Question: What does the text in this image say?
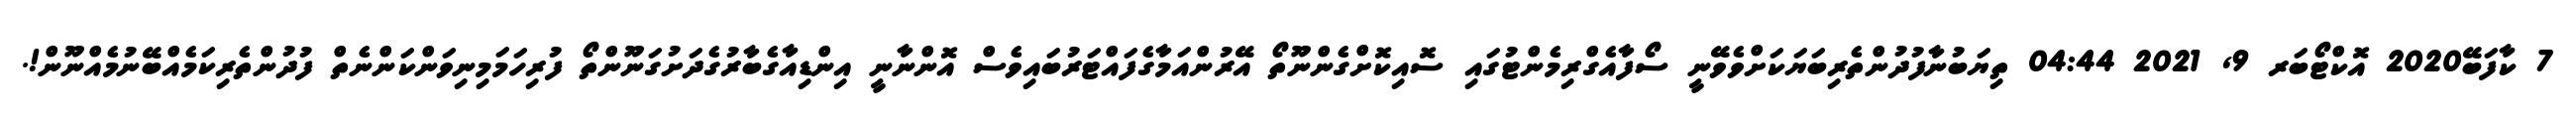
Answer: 7 ކާފަބޭ2020 އޮކްޓޯބަރ 9, 2021 04:44 ތިޔަބުނާފުދުންތެރިބަޔަކަށްވެވޭނީ ސޯފާއެގްރިމެންޓުގައި ސޮއިކޮށްގެންނޫތޯ އޭރުންއަމާގެފައްޓަރުބައިވެސް އޮންނާނީ އިންޑިއާގެބާރުގެދަށުގަނޫންތޯ ފުރިހަމަމިނިވަންކަންނެތް ފުދުންތެރިކަމެއްބޭނުމެއްނޫން!.